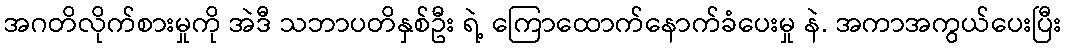
အဂတိလိုက်စားမှုကို အဲဒီ သဘာပတိနှစ်ဦး ရဲ့ ကြောထောက်နောက်ခံပေးမှု နဲ. အကာအကွယ်ပေးပြီး